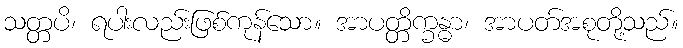
သတ္တပိ၊ ရပါးလည်းဖြစ်ကုန်သော။ အာပတ္တိက္ခန္ဓာ၊ အာပတ်အစုတို့သည်။